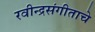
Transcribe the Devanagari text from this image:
रवीन्द्रसंगीताचे